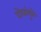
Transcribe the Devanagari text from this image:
दोघांमुळे